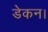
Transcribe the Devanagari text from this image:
डेकन।